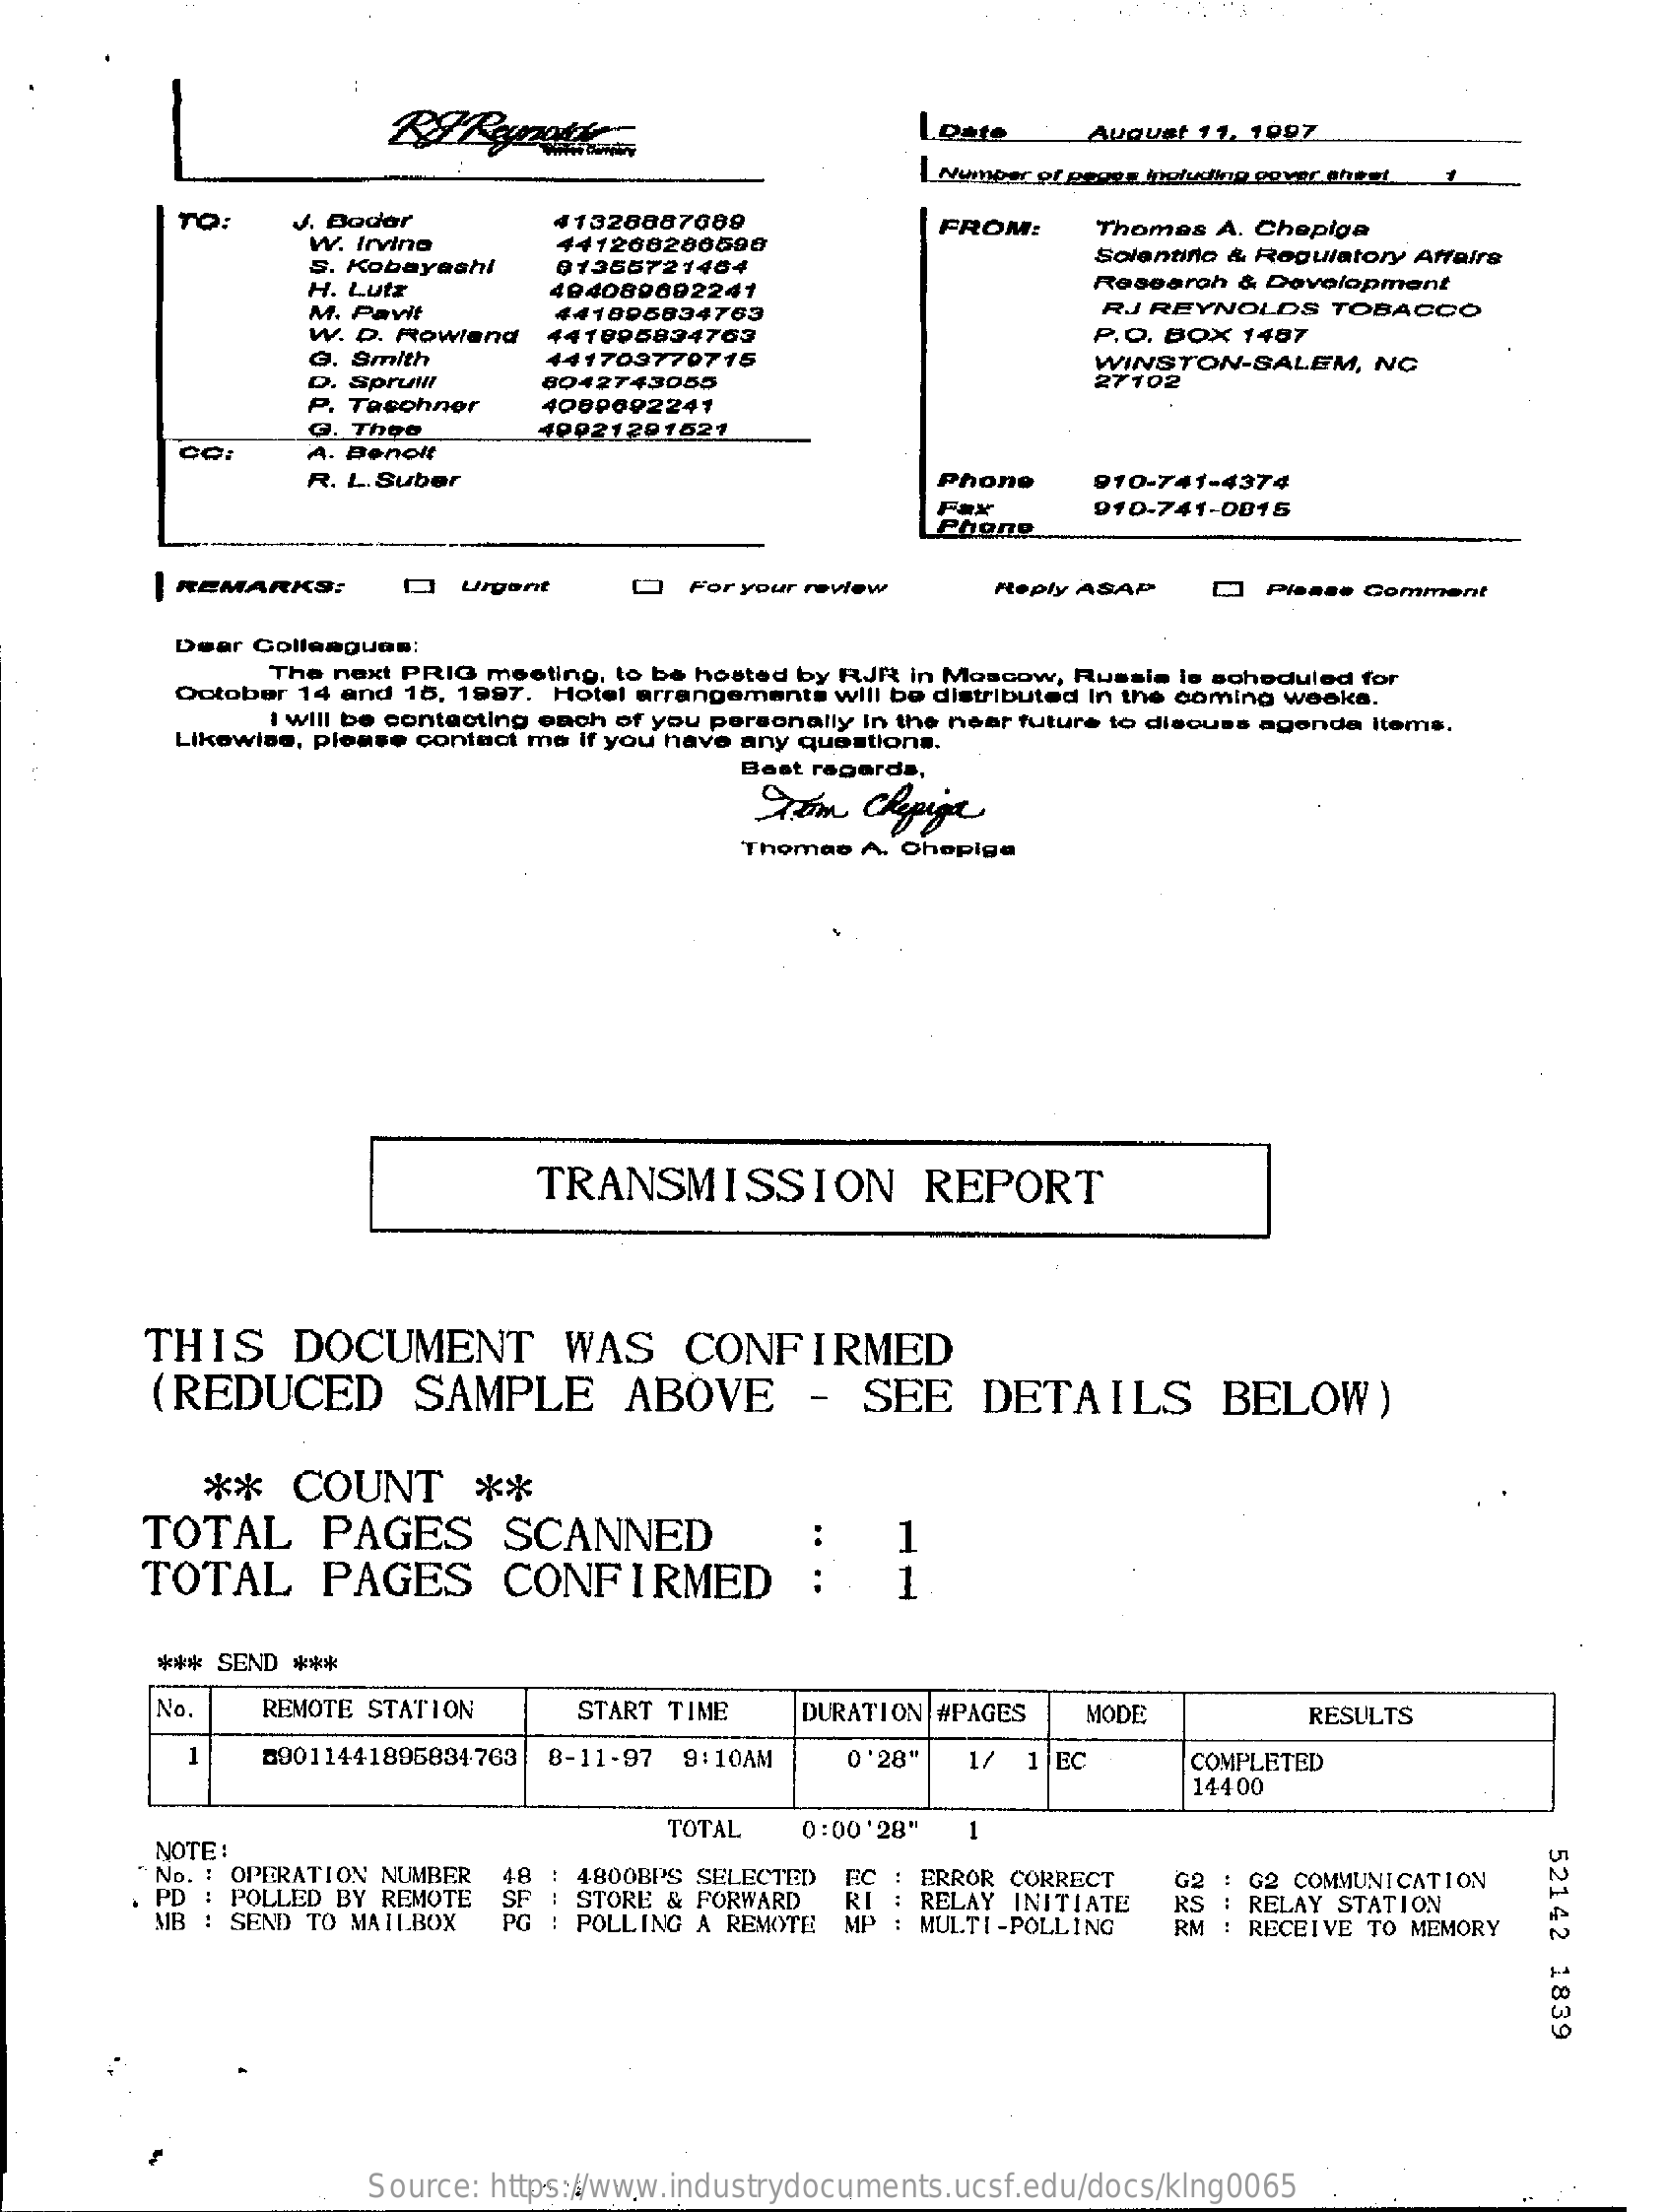
Loate    August 11, 1007
     | Number of pages including cover sheet.
     TO:    J. Boder    41328887689
     441200200690
     FROM:
     W. Irvino
     Thomas A. Chepiga
     S. Kobayashi   01355721404
     Solentifo & Regulatory Affairs
     H. Lutz    404089002241    Research & Development
     M. Pavit    441895834763    RJ REYNOLDS   TOBACCO
     W. D. Rowland 441005834763    P.O. BOX 1487
     G. Smith    441709770715
     Spruwll
     WINSTON-SALEM,   NC
     8042743055    27102
     Tasohnor
     G. Theo
     4000092241
     A. Denolt
     40021201521
     R. L.Suber    Phone    910-741-4374
     Fax    910-741-0015
     Phone
     | REMARKS:    Q  Urgent    "   For your review   reply ASAP   Q  Please Comment
     Dear Colleagues:
     The next PRIO meeting, to be hosted by RJR in Moscow, Russia Is scheduled for
     October 14 and 15, 1997, Hotel arrangements will be distributed In the coming weeks.
     I will be contacting each of you personally in the near future to discuss agenda items.
     Likewise, please contact me if you have any questions.
     Best regards,
     Tom   Chepige
     Thomas A. Chepiga
     TRANSMISSION    REPORT
     THIS    DOCUMENT    WAS    CONFIRMED
     (REDUCED    SAMPLE    ABOVE    -  SEE    DETAILS    BELOW)
     **   COUNT    **
     TOTAL    PAGES    SCANNED
     TOTAL    PAGES    CONFIRMED    1
     *** SEND ***
     No.   REMOTE STATION    START TIME    DURATION #PAGES  MODE    RESULTS
     09011441895834-763 8-11-97 9:10AM  0'28"   1/ 1 |EC    COMPLETED
     14400
     NOTE:
     TOTAL   0:00'28"  1
     52142
     1839
     " No. : OPERATION NUMBER 18 : 4800BPS SELECTED : ERROR CORRECT
     PD : POLLED BY REMOTE SF : STORE & FORWARD
     PG : POLLING A REMOTE
     RI
     MB : SEND TO MAILBOX
     : RELAY INITIATE
     MP : MULTI-POLLING
     RS
     G2 COMMUNICATION
     RELAY STATION
     RM : RECEIVE TO MEMORY
     Source: https://www.industrydocuments.ucsf.edu/docs/klng0065